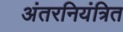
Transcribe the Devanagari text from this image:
अंतरनियंत्रित